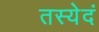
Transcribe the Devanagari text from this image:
तस्येदं